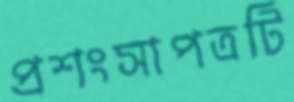
প্রশংসাপত্রটি